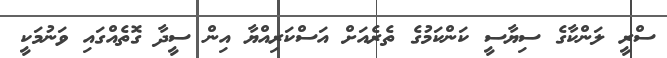
ސްރީ ލަންކާގެ ސިޔާސީ ކަންކަމުގެ ތެރެއަށް އަސްކަރިއްޔާ އިން ސީދާ ގޮތެއްގައި ވަނުމަކީ